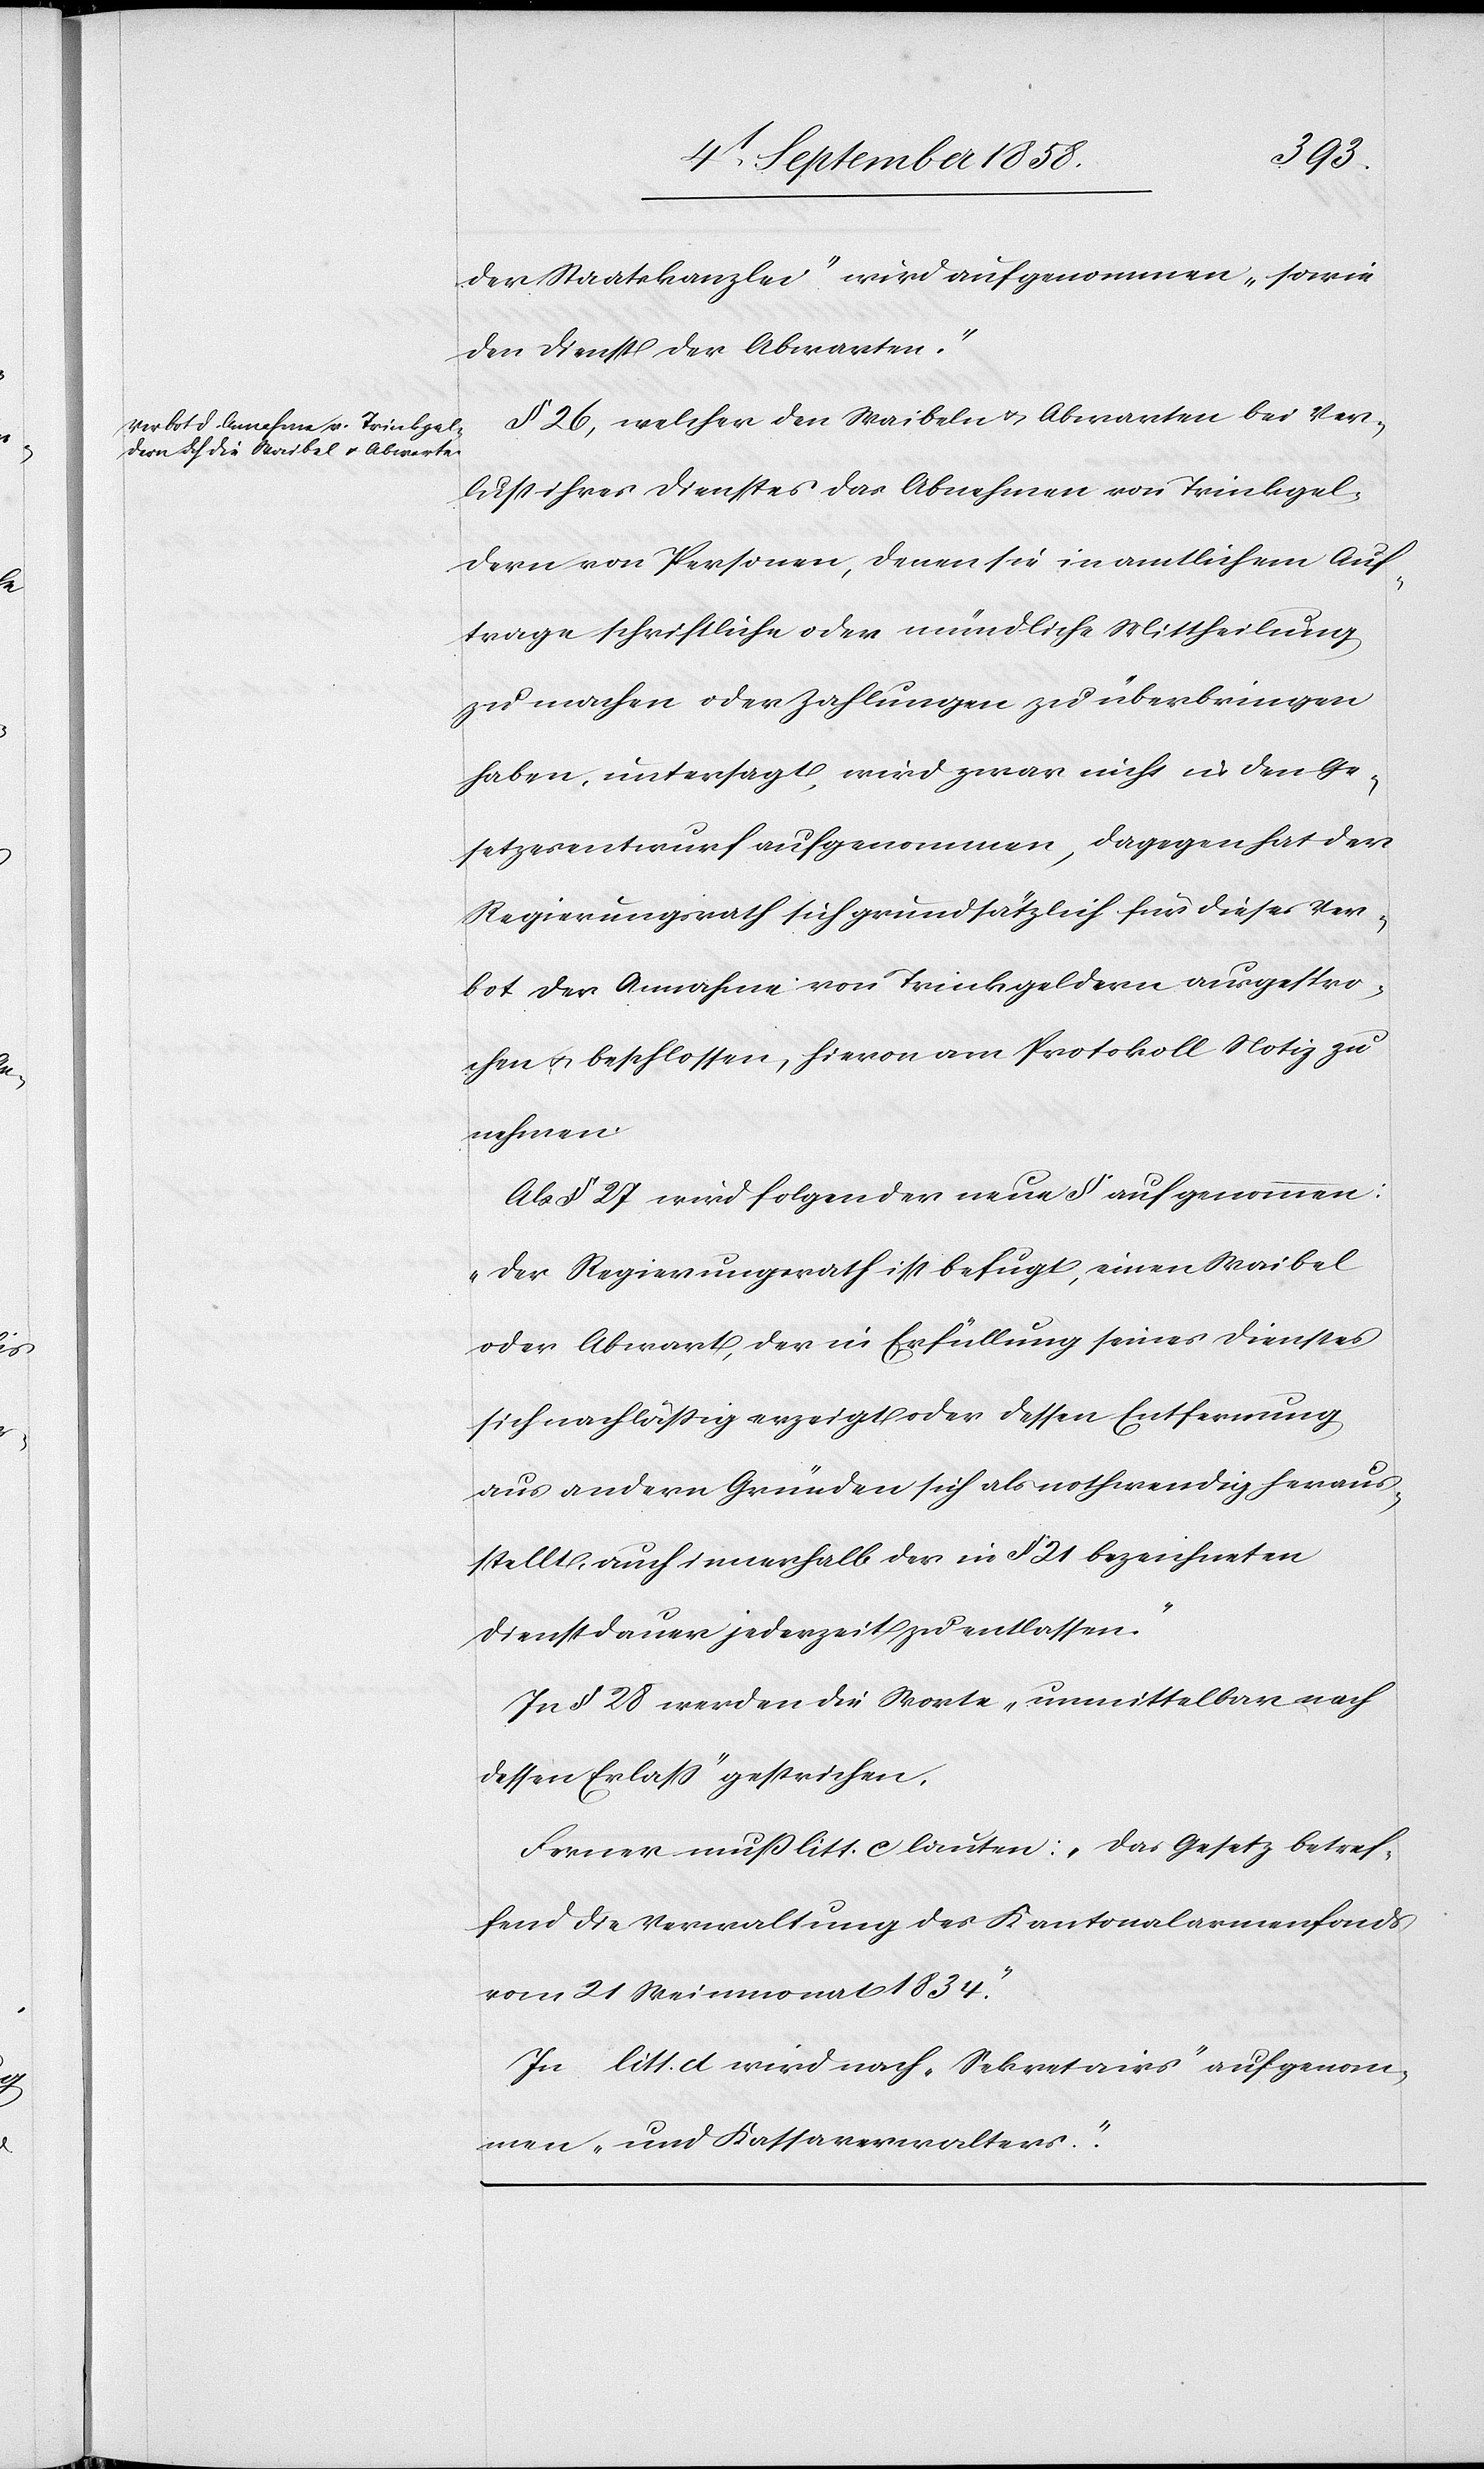
der Staatskanzlei“ wird aufgenommen „sowie
den Dienst der Abwarten“.
§ 26, welcher den Waibeln & Abwarten bei Ver¬
lust ihres Dienstes das Abnehmen von Trinkgel¬
dern von Personen, denen sie in amtlichem Auf¬
trage schriftliche oder mündliche Mittheilung
zu machen oder Zahlungen zu überbringen
haben, untersagt, wird zwar nicht in den Ge¬
setzesentwurf aufgenommen, dagegen hat der
Regierungsrath sich grundsätzlich für dieses Ver¬
bot der Annahme von Trinkgeldern ausgespro¬
chen & beschlossen, hievon am Protokoll Notiz zu
nehmen.
Als § 27 wird folgender neue § aufgenommen:
„Der Regierungsrath ist befugt, einen Waibel
oder Abwart, der in Erfüllung seines Dienstes
sich nachläßig erzeigt oder dessen Entfernung
aus andern Gründen sich als nothwendig heraus¬
stellt, auch innerhalb der in § 21 bezeichneten
Dienstdauer jederzeit zu entlassen.“
In § 28 werden die Worte „unmittelbar nach
dessen Erlass“ gestrichen.
Ferner muß litt. c lauten: „Das Gesetz betref¬
fend die Verwaltung des Kantonalarmenfonds
vom 21 Weinmonat 1834.“
In litt. d wird nach „Sekretairs“ aufgenom¬
men „und Kassaverwalters“.